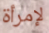
لإمرأة